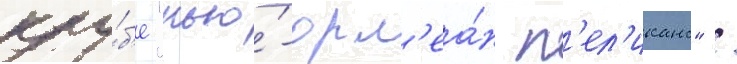
клу́б'е "нью́-орл'еа́н п'ел'иканс" /